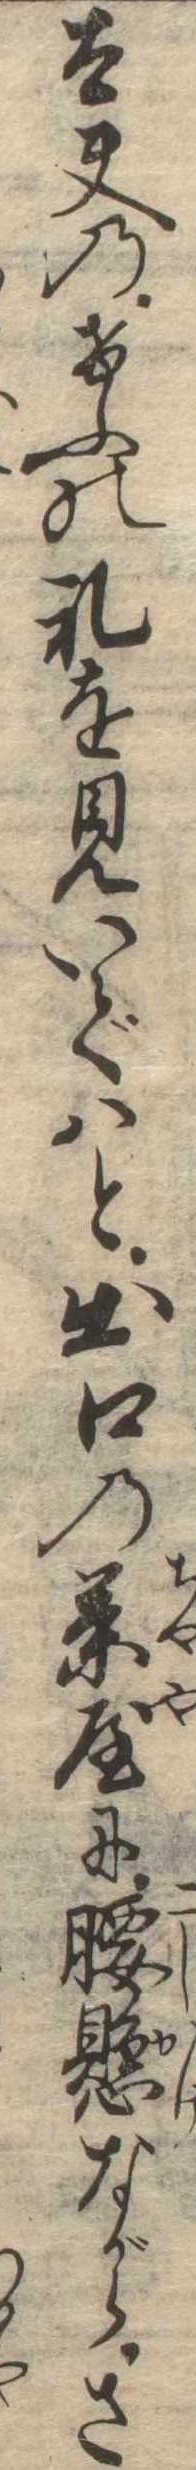
太夫のけふの礼を見いではと出口の茶屋に腰懸ながらさ